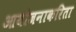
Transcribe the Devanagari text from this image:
आयोजनाकरिता